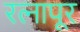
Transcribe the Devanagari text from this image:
रत्‍नापूर